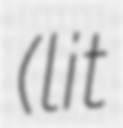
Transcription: (lit